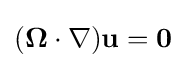
({\mathbf {\Omega } }\cdot \nabla ){\mathbf {u} }={\mathbf {0} }